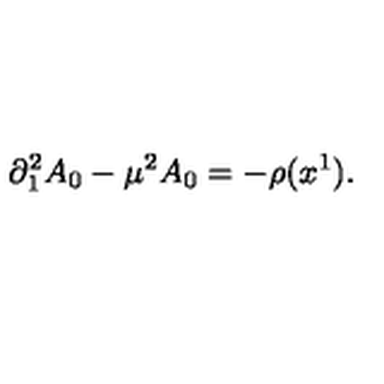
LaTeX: \partial _ { 1 } ^ { 2 } A _ { 0 } - \mu ^ { 2 } A _ { 0 } = - \rho ( x ^ { 1 } ) .